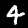
Label: 4